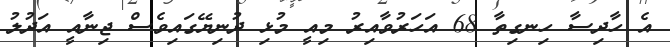
އެ ހާދިސާ ހިނގިތާ 68 އަހަރުވާއިރު މިއީ މުޅި ދުނިޔޭގައިވެސް ޖިނާއީ އަދުލު